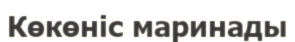
Көкөніс маринады